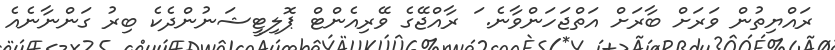
ރައްޔިތުން ވަރަށް ބާރަށް އަތްޖަހަންވާނެ. ަަަަަަަަަަަަަަަަަަަ ރާއްޖޭގެ ވޭރިއެންޓް ޕޮލިޓީޝަނުންދެކެ ބިރު ގަންނާނެއެ